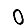
Digit: 0